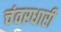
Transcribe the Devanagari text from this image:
चंवरधारी